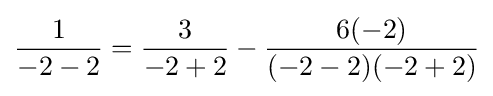
{\frac {1}{-2-2}}={\frac {3}{-2+2}}-{\frac {6(-2)}{(-2-2)(-2+2)}}